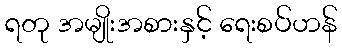
ရတု အမျိုးအစားနှင့် ရေးစပ်ဟန်